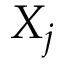
X _ { j }